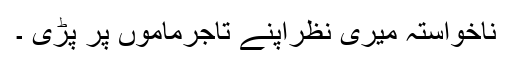
ناخواستہ میری نظراپنے تاجرماموں پر پڑی ۔